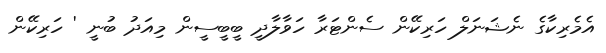
އެމެރިކާގެ ނެޝަނަލް ހަރިކޭން ސެންޓަރާ ހަވާލާދީ ބީބީސީން މިއަދު ބުނީ ' ހަރިކޭން